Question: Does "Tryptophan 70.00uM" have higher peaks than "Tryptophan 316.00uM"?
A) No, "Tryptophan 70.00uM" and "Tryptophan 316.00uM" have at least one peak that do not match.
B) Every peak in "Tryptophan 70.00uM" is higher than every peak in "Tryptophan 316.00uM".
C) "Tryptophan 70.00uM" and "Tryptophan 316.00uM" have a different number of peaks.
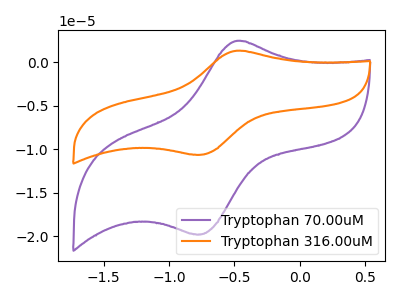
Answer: <think>The purple curve "Tryptophan 70.00uM" has an anodic peak at (-0.50V, 2.45uA) and a cathodic peak at (-0.80V, -19.80uA). The orange curve "Tryptophan 316.00uM" has an anodic peak at (-0.50V, 1.30uA) and a cathodic peak at (-0.80V, -10.65uA).</think>
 <answer>B) Every peak in "Tryptophan 70.00uM" is higher than every peak in "Tryptophan 316.00uM".</answer>
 <eval>B</eval>